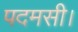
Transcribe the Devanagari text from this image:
पदमसी।